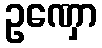
ဥဏှော